kultuurilooline_kollektsioon, lk 116
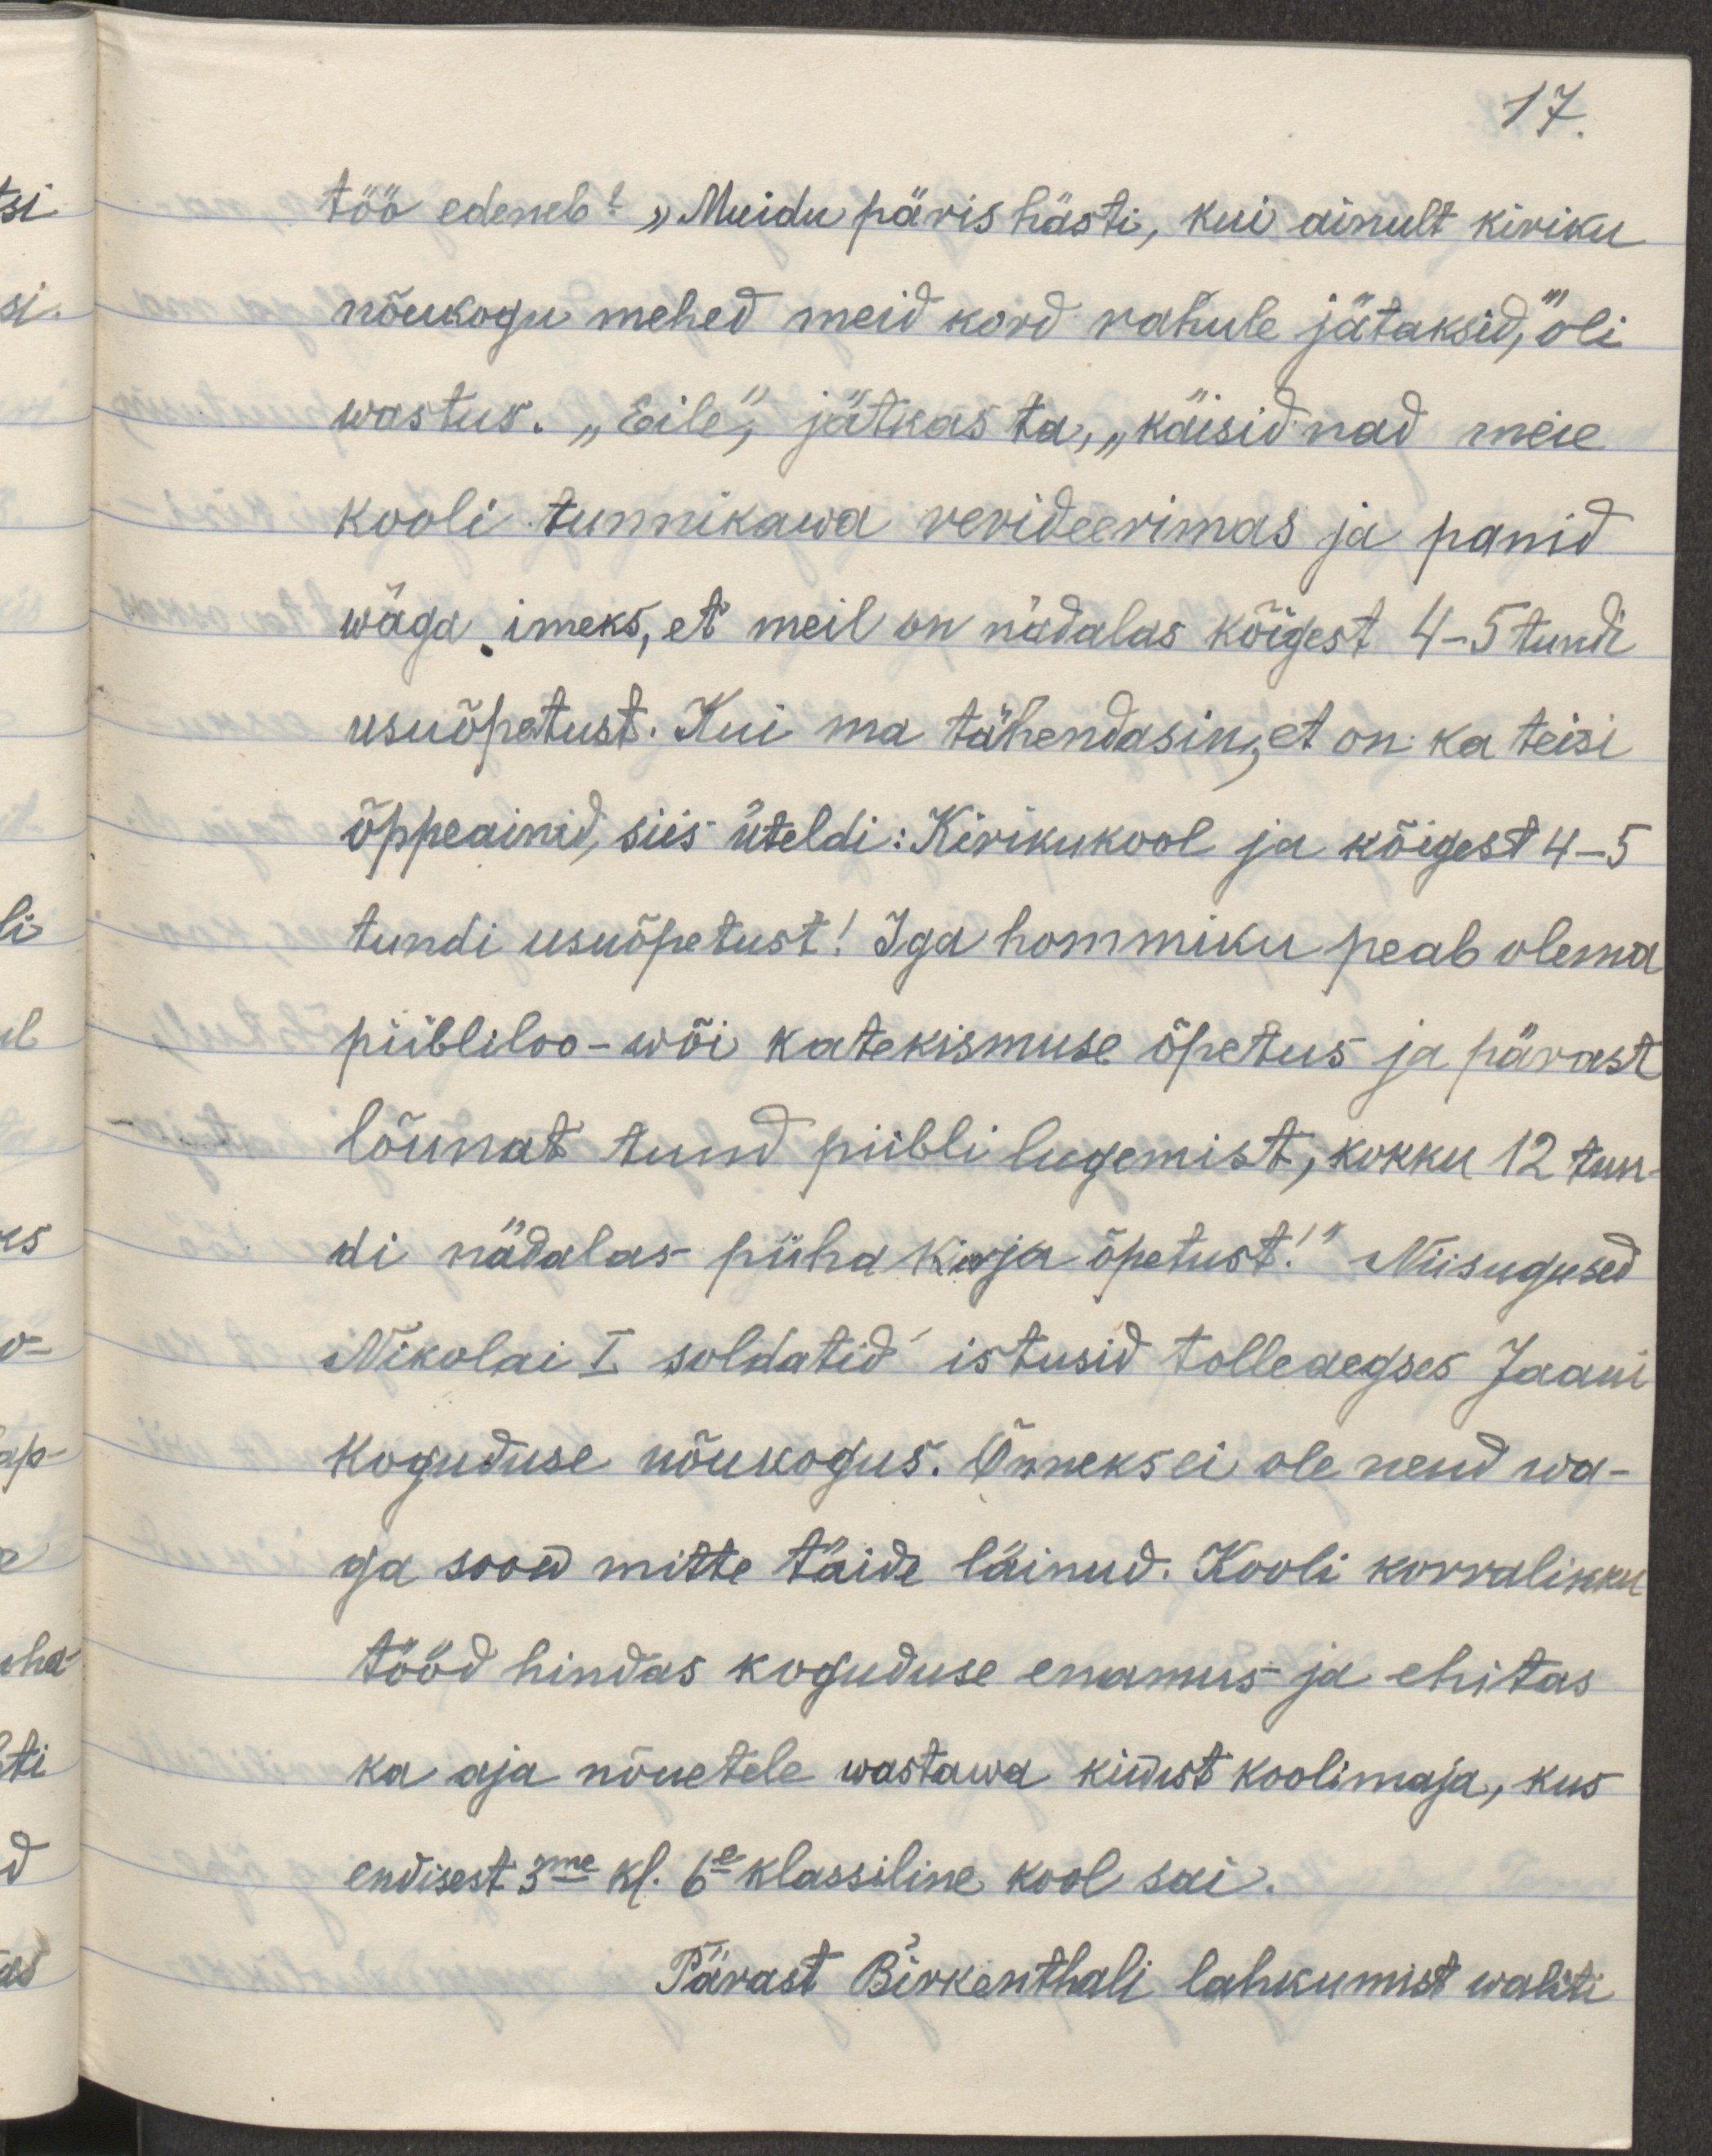
17.
töö edeneb? "Muidu päris hästi, kui ainult kiriku 
nõukogu mehed meid kord rahule jätaksid," oli
wastus. "Eile", jätkas ta, "käisid nad meie
kooli tunnikawa rewideerimas ja panid 
wäga imeks, et meil on nädalas kõigest 4-5 tundi
usuõpetust. Kui ma tähendasin, et on ka teisi
õppeaineid, siis üteldi: Kirikukool ja kõigest 4-5 
tundi usuõpetust! Iga hommiku peab olema
piibliloo- wõi katekismuse õpetus ja pärast
lõunat tund piibli lugemist, kokku 12 tun-
di nädalas pühakirja õpetust!" Niisugused
Nikolai I soldatid istusid tolleaegses Jaani 
koguduse nõukogus. Õnneks ei ole nend wa-
ga soow täide läinud. Kooli korralikku
tööd hindas koguduse enamus ja ehitas 
ka aja nõuetele wastawa kiwest koolimaja, kus
endisest 3me kl. 6e- klassiline kool sai.
Pärast Birkenthali lahkumist waliti